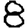
Digit: 8